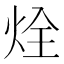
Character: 烇